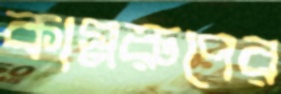
কামরুপের